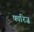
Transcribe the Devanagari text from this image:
फारिज़